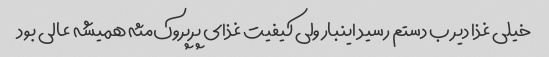
خیلی غذا دیر ب دستم رسید اینبار ولی کیفیت غذای پرپروک‌مثه همیشه عالی بود